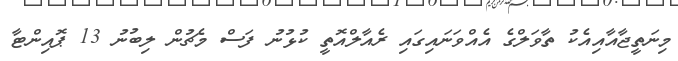
މިނަތީޖާއާއިއެކު ތާވަލްގެ އެއްވަނައިގައި ރެއާލްއޮތީ ކުޅުނު ފަސް މެޗުން ލިބުނު 13 ޕޮއިންޓާ